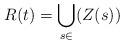
LaTeX: \begin{align*} R(t)=\underset{s \in}{\bigcup} (Z(s)) \end{align*}